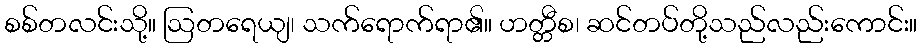
စစ်တလင်းသို့။ ဩတရေယျ၊ သက်ရောက်ရာ၏။ ဟတ္တီစ၊ ဆင်တပ်တို့သည်လည်းကောင်း။